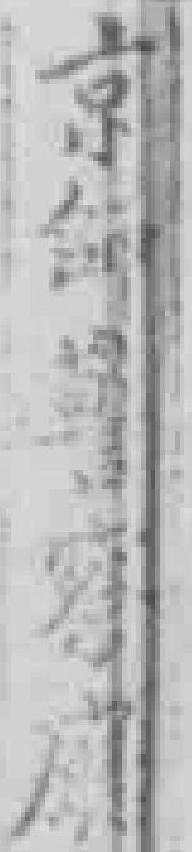
京師警察厛